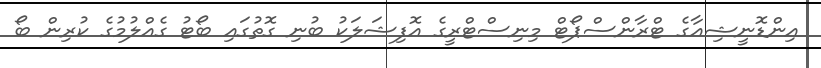
އިންޑޮނީޝިއާގެ ޓްރާންސްޕޯޓް މިނިސްޓްރީގެ އޮފިޝަލަކު ބުނި ގޮތުގައި ބޯޓު ގެއްލުމުގެ ކުރިން ބޯ